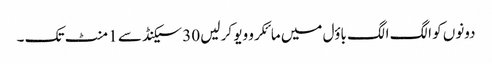
دونوں کو الگ الگ باؤل میں مائکرو ویو کر لیں 30 سیکنڈ سے 1 منٹ تک ۔